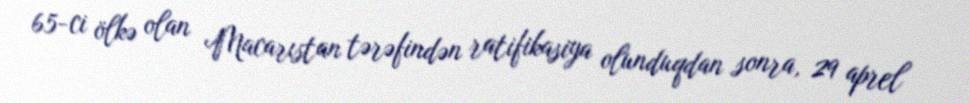
65-ci ölkə olan Macarıstan tərəfindən ratifikasiya olunduqdan sonra, 29 aprel